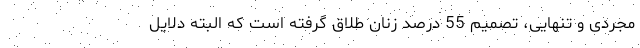
مجردی و تنهایی، تصمیم 55 درصد زنان طلاق گرفته است که البته دلایل